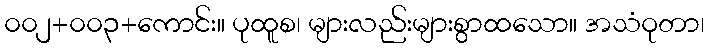
၀၀၂+၀၀၃+ကောင်း။ ပုထူစ၊ များလည်းများစွာထသော။ အသံဝုတာ၊